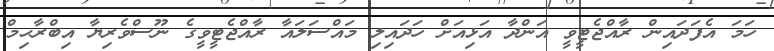
ހަމަ އެފަދައިން ރާއްޖެޓީވީ އަންދާ އަޅިއަށް ހަދައިލި މައްސަލައާ ރާއްޖެޓީވީގެ ނޫސްވެރިޔާ އިބްރާޙިމް